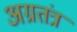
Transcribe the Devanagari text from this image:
अग्रतंत्र